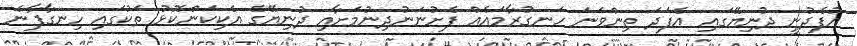
އުފެދުނީ ދުނިޔޭގައި އެފަދަ ތިންވަނަ ހަނގުރާމައެއް ފެށުނަނުދިނުމަށާއި ދުނިޔޭގެ އެކިކަންކޮޅު ތަކުގައި ހިނގާފާނެ